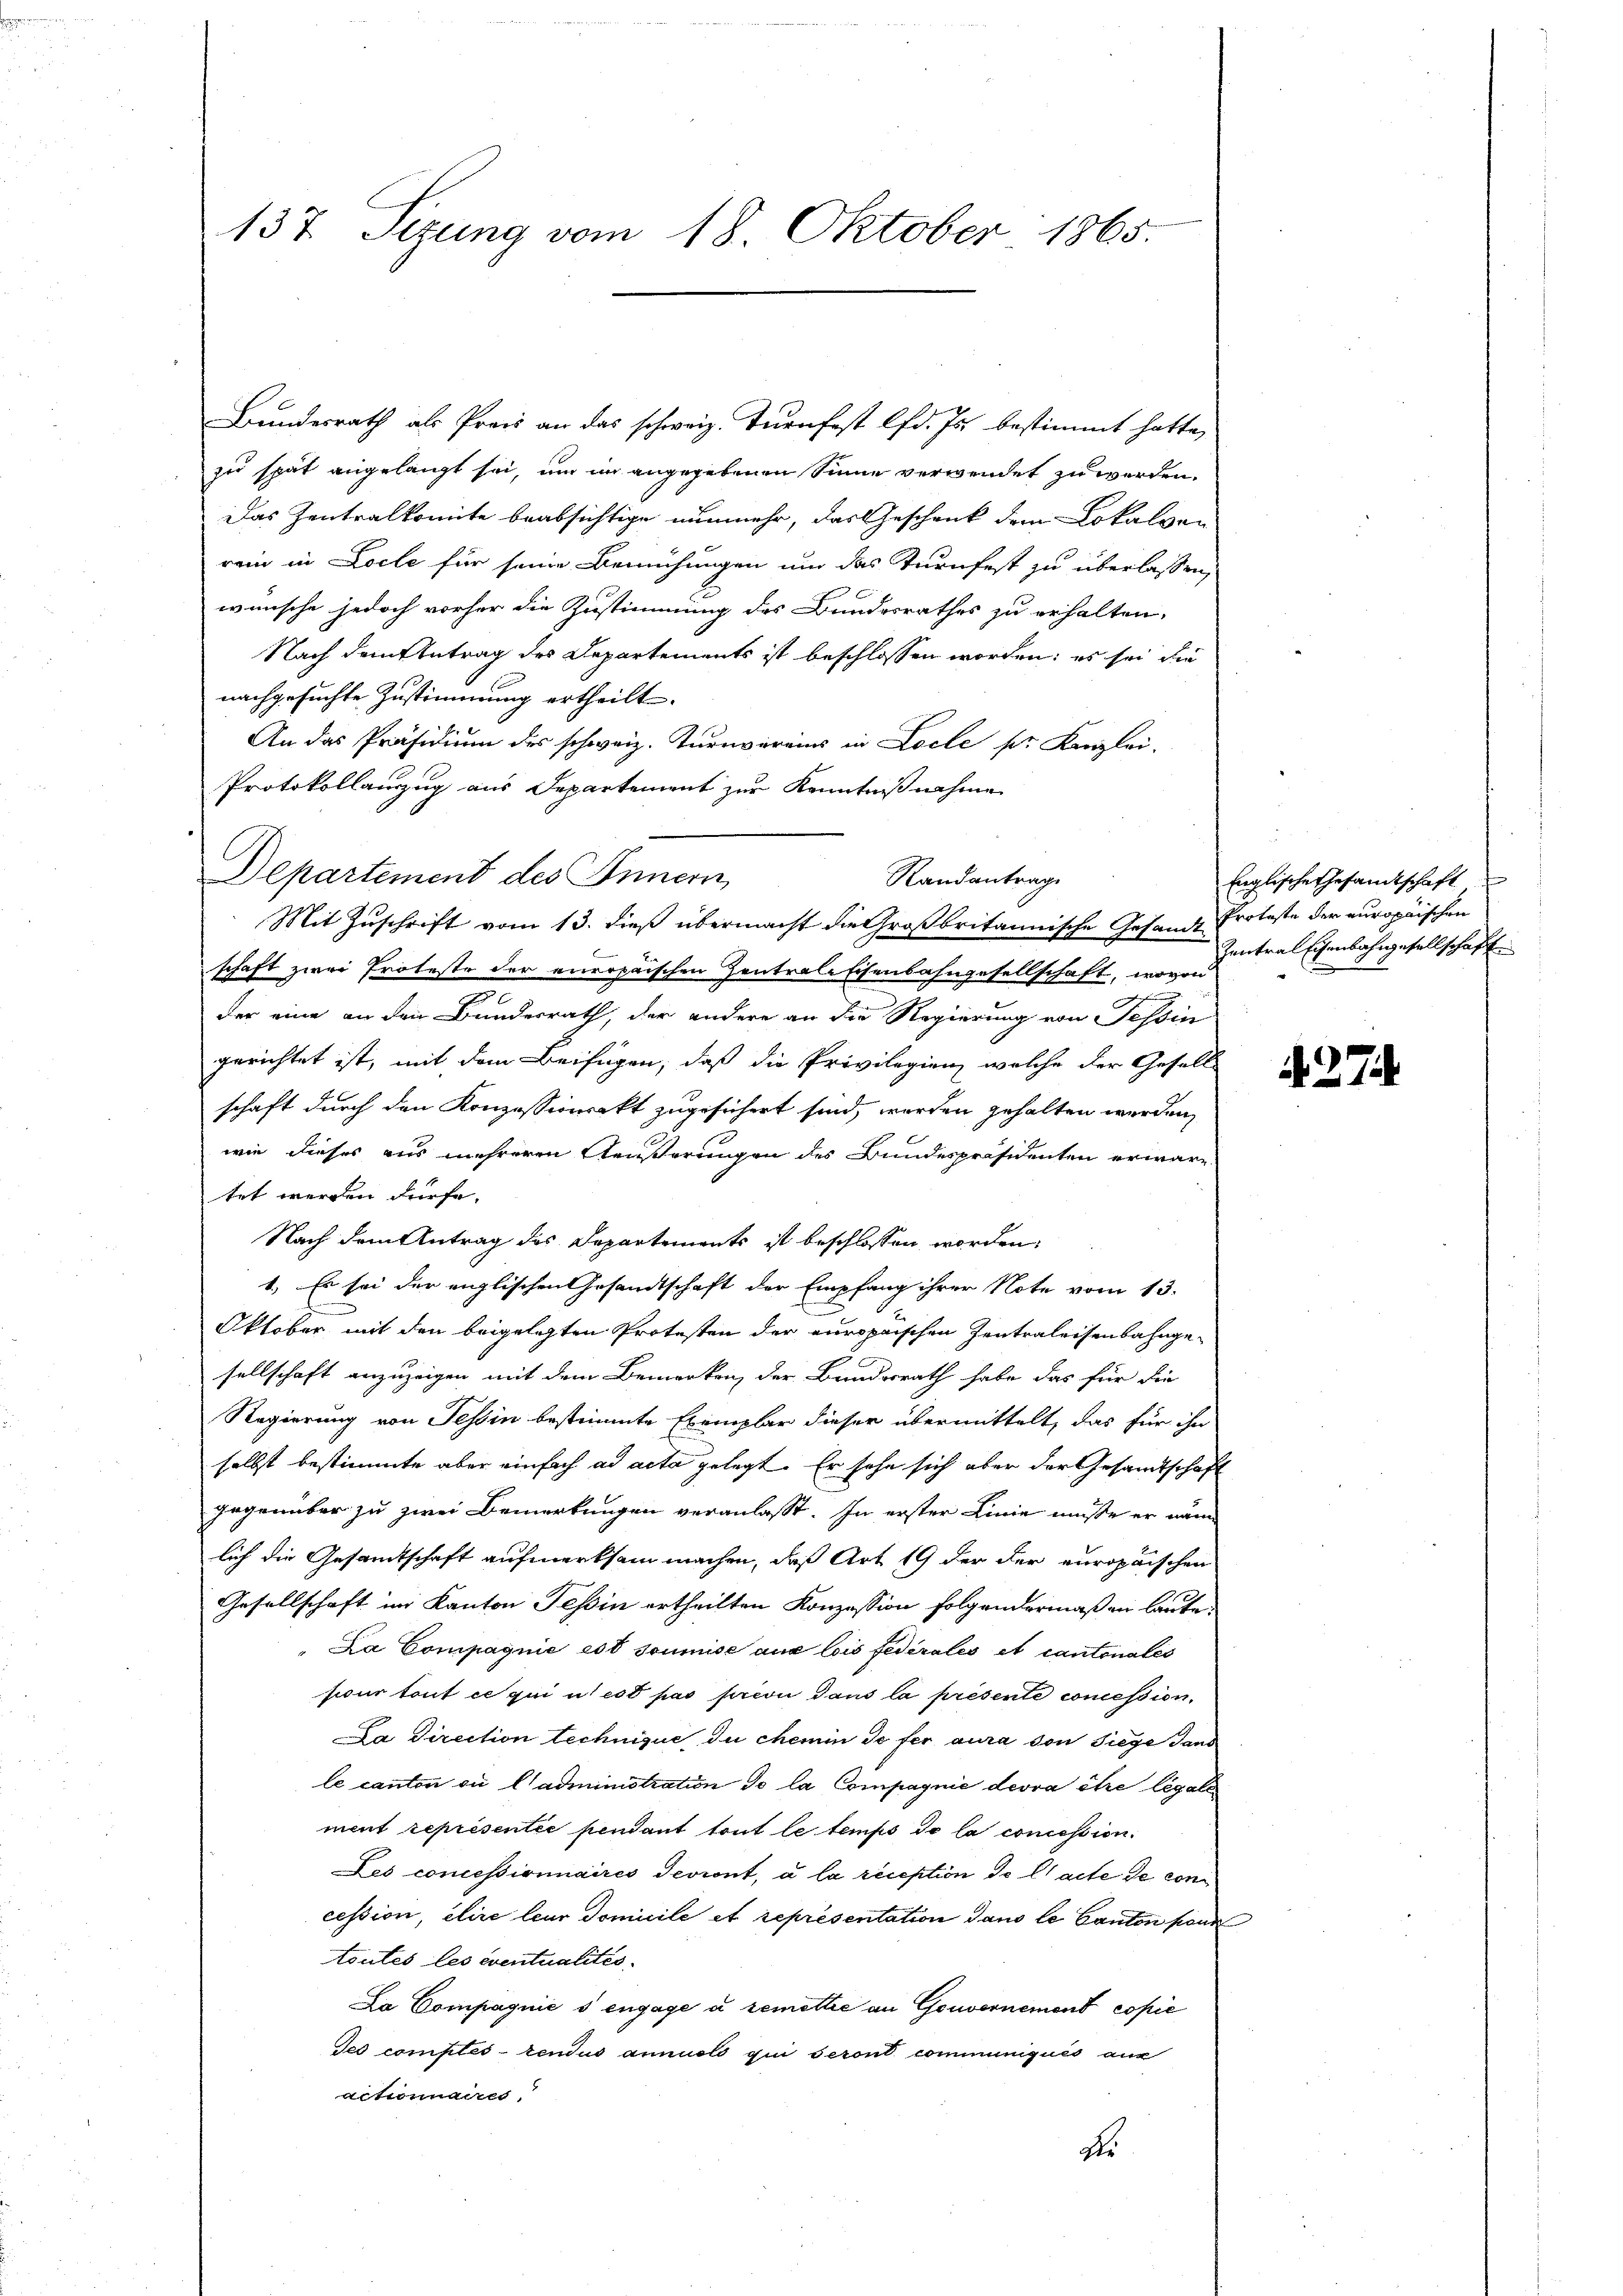
137. Sizung vom 18. Oktober 1865.

zu spät angelangt sei, um im angegebenen Sinne verwendet zu werden.
Das Zentralkomite beabsichtige nunmehr, das Geschenk dem Lokalver
rein in Loche für seine Bemühungen um des Turnfest zu überlassen,
wünsche jedoch vorher die Zustimmung des Bundesrathes zu erhalten.
Nach dem Antrag des Departements ist beschlossen worden: es sei die
nachgesuchte Zustimmung ertheilt.
An das Präsidium des schweiz. Turnvereins in Locle pr. Kanzlei-
Protokollanzug aus Departement zur Kenntnißnahme
Departement des Innern
Mit Zuschrift vom 13. dieß übermacht die Großbritannische Gesande Proteste der europäischen
schaft zwei Proteste der europaischen Zentrale Eisenbahngesellschaft, wovon
der eine an den Bundesrath, der andere an die Regierung von Tessin
gerichtet ist, mit dem Beifügen, daß die Privilegien, welche der Gesells
schaft durch den Konzessionenkt zugesichert sind, worden gehalten werden,
wie dieses aus mehreren Aeußerungen des Bundespräsidenten erwäre.
tet werden dürfe.
Nach dem Antrag des Departements ist beschlossen worden:
1.) Es sei der englischen Gesandtschaft der Empfang ihrer Note vom 13.
Oktober mit den beigelegten Protesten der europaischen Zentraleisenbahngesellschaft anzuzeigen mit dem Bemerken, der Bundesrath habe das für die
Regierung von Tessin bestimmte Exemplar dieser übermittelt, das für ihn
selbst bestimmte aber einfach ad acta gelegt. Er sehe sich aber der Gesamtschaf
gegenüber zu zwei Bemerkungen veranlasst. In erster Linie müsse er näm
lich die Gesandtschaft aufmerksam machen, daß Art 19 der der europäischen
Gesellschaft im Kanton Teßin ertheilten Konzession folgendermaßen laute:
"La Compagnie est soumise aus lois fédérales et cantonales
sicur tout ce qui il est pas privi dans la presente concession,
La Direction technique du chemin so fer aura von Siege Tand
le canton ou l’administration de la Compagnie devra être légale
ment représentie pendant tout le temps de la concession.
Les concessionnaires Serient, à la reception de l’acte de con
cession, etire leur domicile et représentation dans le Cauten fand
toutes les eventualités.
Da Compagnie s engage u remettie an Gouvernement copie
Jes comptes- rendus annuels qui seront communiqués aus
actionnaires
ds

Bundesrath als Preis an das schweiz. Turnfest lfd. Js. bestimmt hatte,

Randantrag

Englische Gesamtschaft
Zentral Eisenbahngesellschaft

A. 274.